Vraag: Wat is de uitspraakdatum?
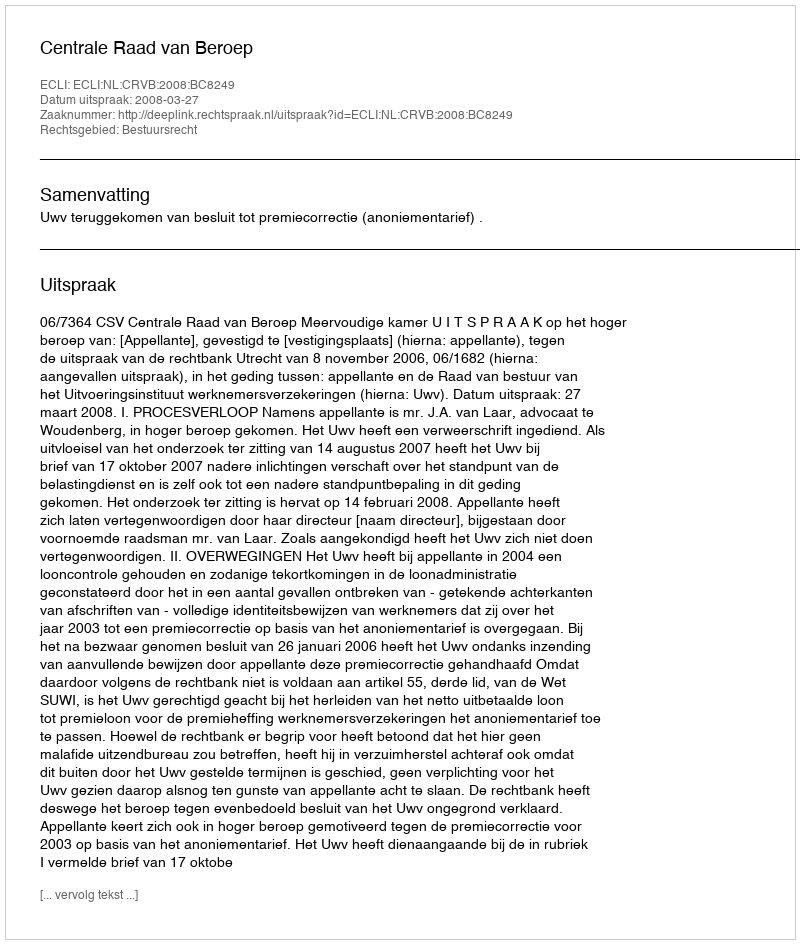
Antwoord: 2008-03-27